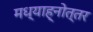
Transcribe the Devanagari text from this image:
मध्याह्नोत्तर